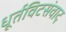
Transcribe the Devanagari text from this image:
धूर्तविटसंवाद